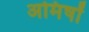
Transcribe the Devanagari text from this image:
अमिषों